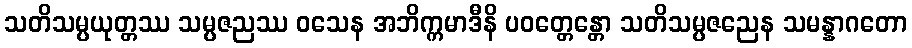
သတိသမ္ပယုတ္တဿ သမ္ပဇညဿ ဝသေန အဘိက္ကမာဒီနိ ပဝတ္တေန္တော သတိသမ္ပဇညေန သမန္နာဂတော